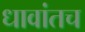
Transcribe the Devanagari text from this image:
धावांतच